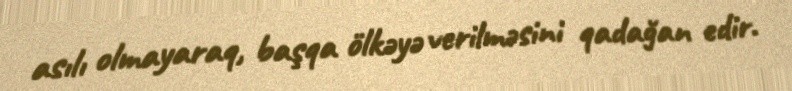
asılı olmayaraq, başqa ölkəyə verilməsini qadağan edir.